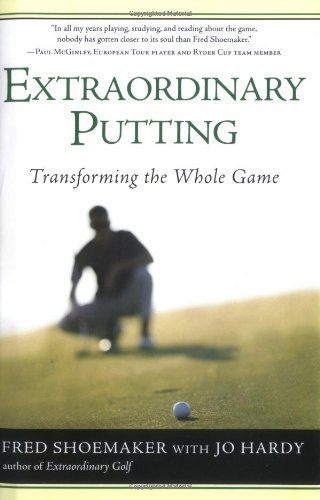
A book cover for Extraordinary Putting: Transforming the Whole Game; Fred Shoemaker; Sports & Outdoors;